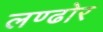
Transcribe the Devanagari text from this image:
लण्ढोर